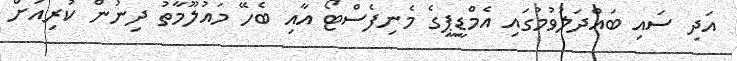
އަދި ސައި ބައްދަލުވުމުގައި އެމްޑީޕީގެ މެނިފެސްޓޯ އާއި ބެހޭ މައުލޫމާތު ދިނުން ކުރިއަށް